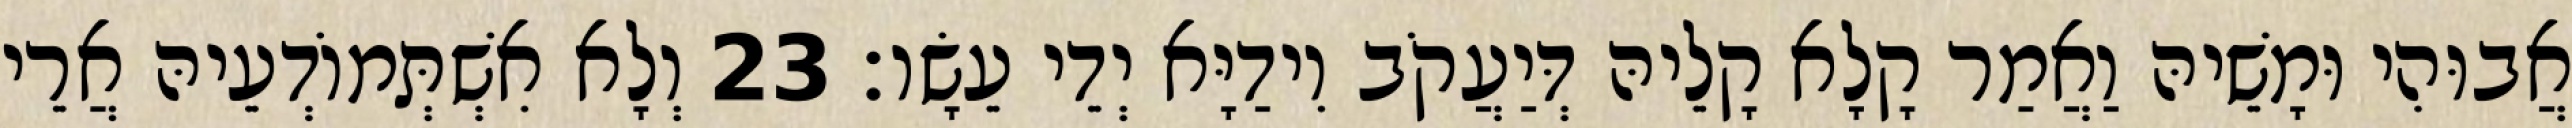
אֲבוּהִי וּמָשֵׁיהּ וַאֲמַר קָלָא קָלֵיהּ דְּיַעֲקֹב וִידַיָּא יְדֵי עֵשָׂו׃ 23 וְלָא אִשְׁתְּמוֹדְעֵיהּ אֲרֵי